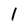
Character: 1